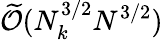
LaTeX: \widetilde{\mathcal{O}}(N_{k}^{3/2}N^{3/2})